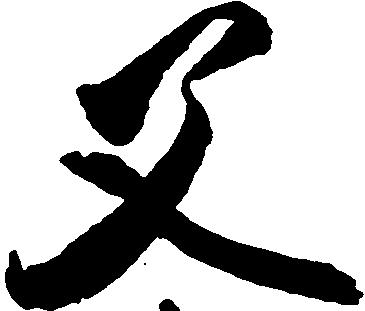
父